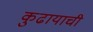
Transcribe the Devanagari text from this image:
कुढायाची